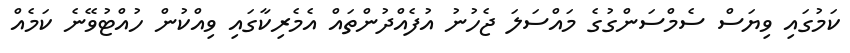
ކަމުގައި ވިޔަސް ސެމްސަންގުގެ މައްސަލަ ޖެހުނު އުފެއްދުންތައް އެމެރިކާގައި ވިއްކުން ހުއްޓުވޭނެ ކަމެއް